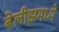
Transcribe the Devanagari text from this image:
बेलीझमध्ये